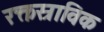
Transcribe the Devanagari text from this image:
रक्तस्राविक